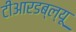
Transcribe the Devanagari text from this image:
टीआरडब्ल्यू